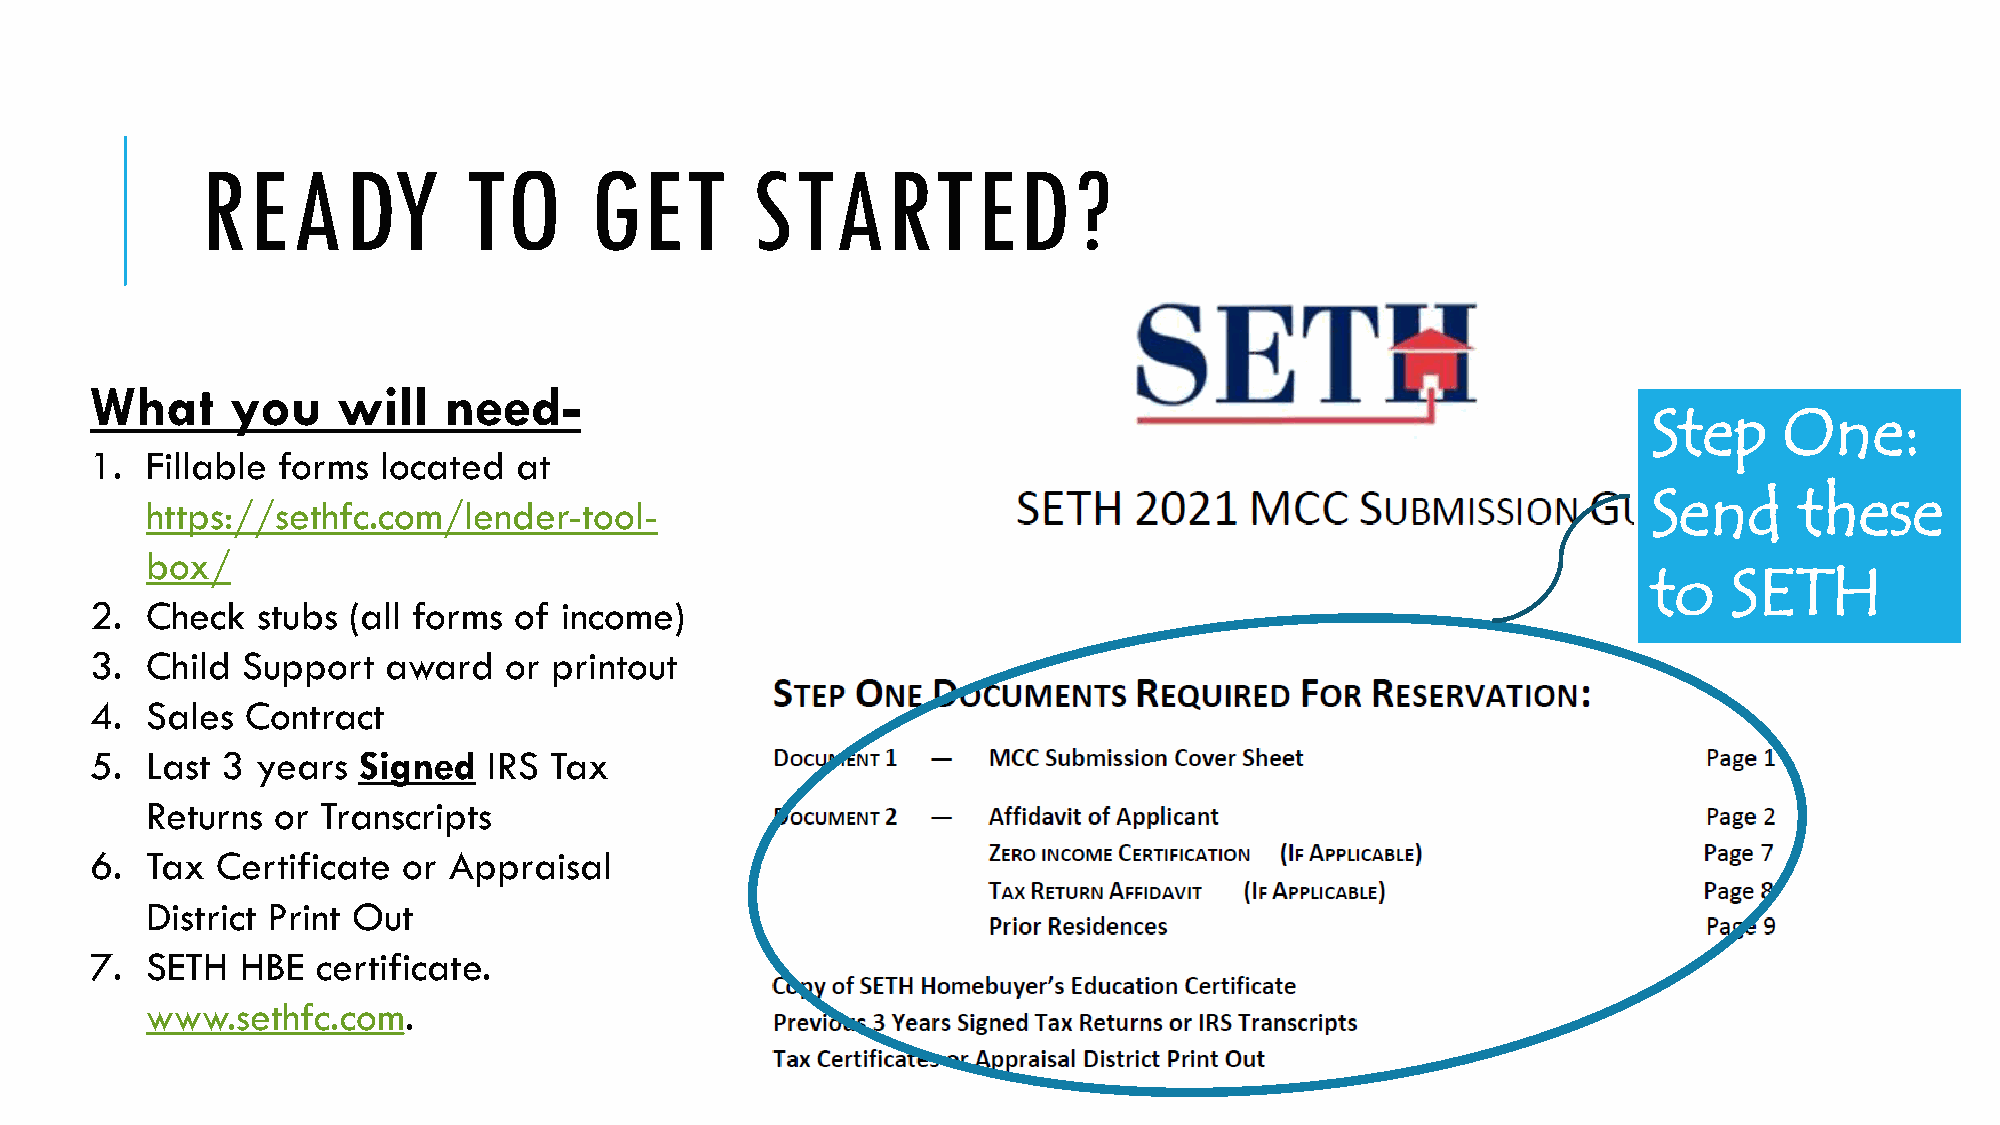
READY             TO      GET        STARTED?
 What     you    will   need-
 Step     One:
 1.  Fillable forms located  at
 Send      these
 https://sethfc.com/lender-tool-
 box/
 to    SETH
 2.  Check  stubs (all forms of income)
 3.  Child Support  award   or  printout
 4.  Sales Contract
 5.  Last 3 years  Signed  IRS Tax
 Returns or Transcripts
 6.  Tax Certificate  or Appraisal
 District Print Out
 7.  SETH  HBE  certificate.
 www.sethfc.com.